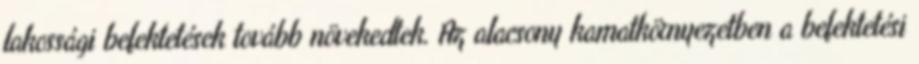
lakossági befektetések tovább növekedtek. Az alacsony kamatkörnyezetben a befektetési